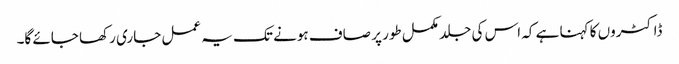
ڈاکٹروں کا کہنا ہے کہ اس کی جلد مکمل طور پر صاف ہونے تک یہ عمل جاری رکھا جائے گا۔